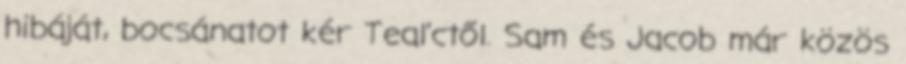
hibáját, bocsánatot kér Teal’ctől. Sam és Jacob már közös